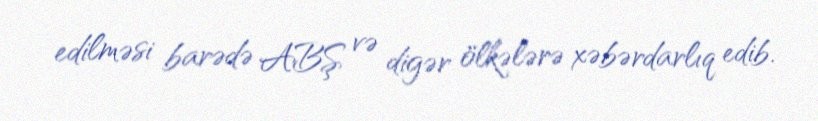
edilməsi barədə ABŞ və digər ölkələrə xəbərdarlıq edib.